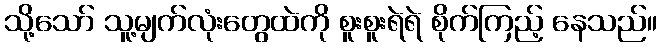
သို့သော် သူ့မျက်လုံးတွေထဲကို စူးစူးရဲရဲ စိုက်ကြည့် နေသည်။